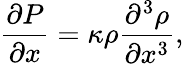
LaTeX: \frac{\partial P}{\partial x}=\kappa\rho\frac{\partial^{3}\rho}{\partial x^{3}},